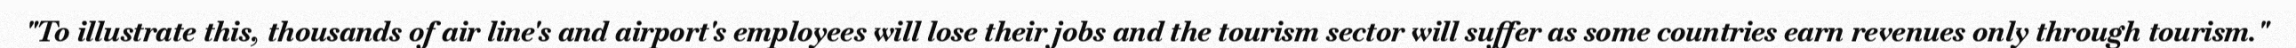
"To illustrate this, thousands of air line's and airport's employees will lose their jobs and the tourism sector will suffer as some countries earn revenues only through tourism."